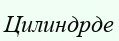
Цилиндрде